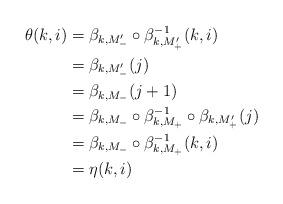
LaTeX: \begin{align*}\theta(k,i)&=\beta_{k,M_-'}\circ \beta_{k,M_+'}^{-1}(k,i)\\&=\beta_{k,M_-'}(j)\\&=\beta_{k,M_-}(j+1)\\&=\beta_{k,M_-} \circ \beta_{k,M_+}^{-1}\circ \beta_{k,M_+'}(j)\\&=\beta_{k,M_-} \circ \beta_{k,M_+}^{-1}(k,i)\\&= \eta(k,i) \end{align*}